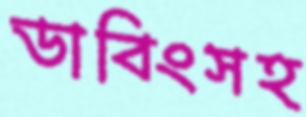
ডাবিংসহ